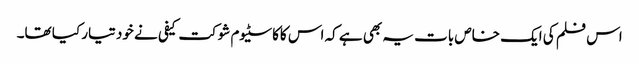
اس فلم کی ایک خاص بات یہ بھی ہے کہ اس کاکاسٹیوم شوکت کیفی نے خود تیار کیا تھا۔